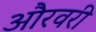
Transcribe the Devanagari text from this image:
औरवरी